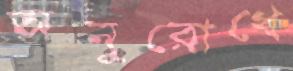
অনুরোধে